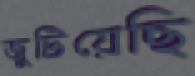
জুটিয়েছি